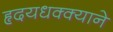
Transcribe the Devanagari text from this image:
हृदयधक्क्याने